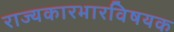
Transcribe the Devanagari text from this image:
राज्यकारभारविषयक